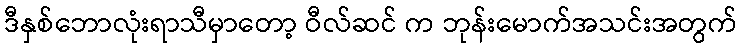
ဒီနှစ်ဘောလုံးရာသီမှာတော့ ဝီလ်ဆင် က ဘုန်းမောက်အသင်းအတွက်